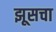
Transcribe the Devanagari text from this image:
झूसचा